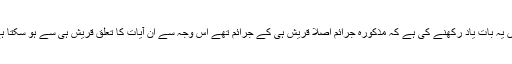
یہاں یہ بات یاد رکھنے کی ہے کہ مذکورہ جرائم اصلا قریش ہی کے جرائم تھے اس وجہ سے ان آیات کا تعلق قریش ہی سے ہو سکتا ہے۔